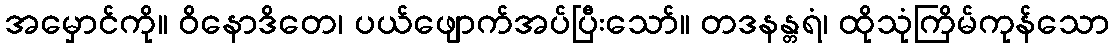
အမှောင်ကို။ ဝိနောဒိတေ၊ ပယ်ဖျောက်အပ်ပြီးသော်။ တဒနန္တရံ၊ ထိုသုံကြိမ်ကုန်သော